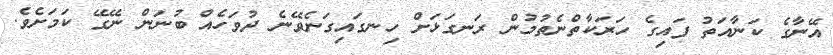
އޭނާގެ ކަނާއަތު ފައިގެ ހަރަކާތްނެތުމުން ރަނގަޅަށް ހިނގައިގަނެވޭނެ ދުވަހެއް ބުނަން ނޭގޭ ކަމަށެވެ.